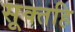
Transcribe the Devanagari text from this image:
सूक्तहि